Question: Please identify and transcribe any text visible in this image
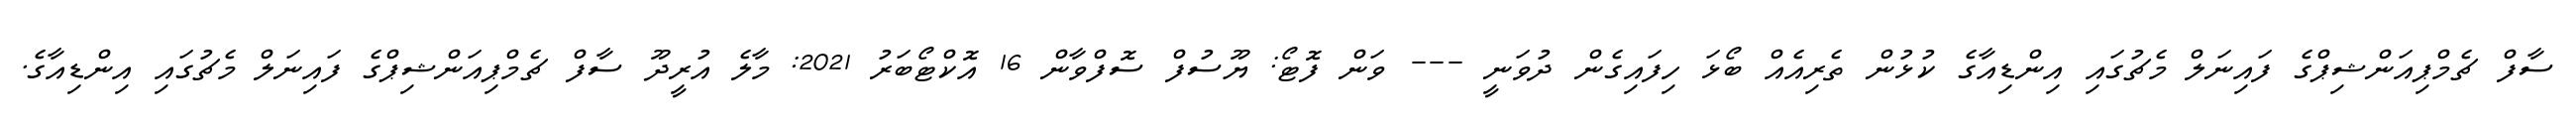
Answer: ސާފް ޗެމްޕިއަންޝިޕްގެ ފައިނަލް މެޗުގައި އިންޑިއާގެ ކުޅުން ތެރިއެއް ބޯޅަ ހިފައިގެން ދުވަނީ --- ވަން ފޮޓޯ: ޔޫސުފް ސޮފްވާން 16 އޮކްޓޯބަރު 2021: މާލެ އުރީދޫ ސާފް ޗެމްޕިއަންޝިޕްގެ ފައިނަލް މެޗުގައި އިންޑިއާގެ.